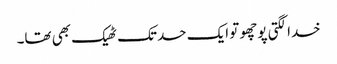
خدا لگتی پوچھو تو ایک حد تک ٹھیک بھی تھا۔